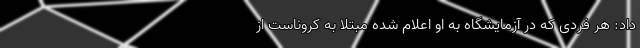
داد: هر فردی که در آزمایشگاه به او اعلام شده مبتلا به کروناست از